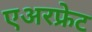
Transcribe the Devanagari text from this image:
एअरफ्रेट